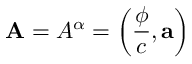
\mathbf { A } = A ^ { \alpha } = \left( { \frac { \phi } { c } } , \mathbf { \vec { a } } \right)